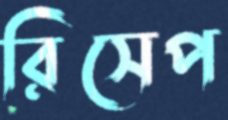
রিসেপ